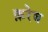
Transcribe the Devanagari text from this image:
क़रेब